Scottish Leaving Certificate Examination, 1956
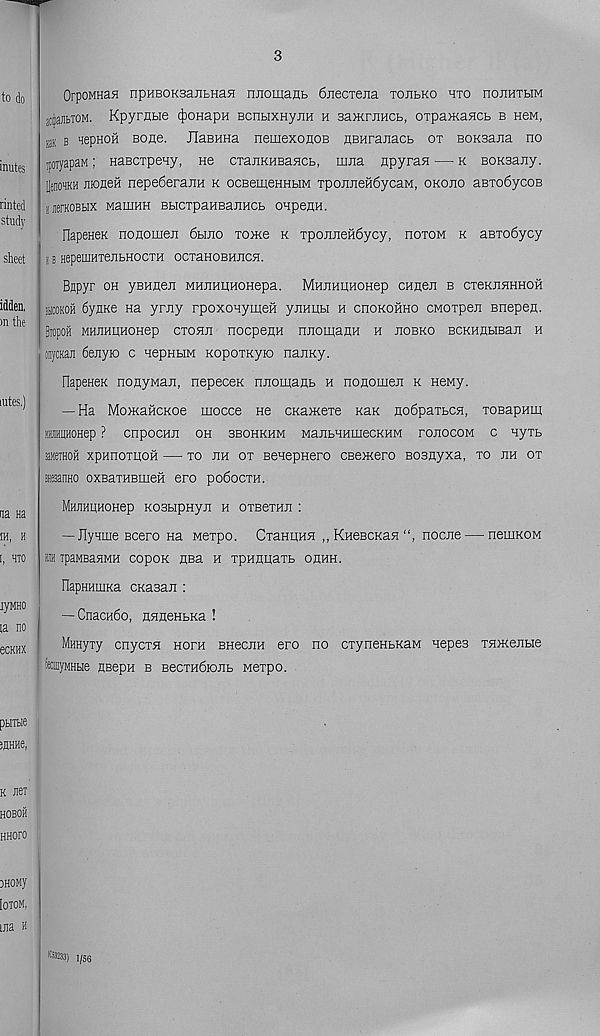
3
to do
inutes
rinted
study
sheet
OrpoMHaa npHBOKsaJibHafl ruiomant 6jiecTejia toubko hto nojiHTHM
atijiaJitTOM. Kpyrflbie (jDOHapn BcntixHynH h sa>KrJiHCb, oipaMaHCt b hgm,
jjk b nepHOH Bone. JIaBHHa nemexoaoB nBHranacb ot BOKsajia no
ipoiyapaM; HaBcxpeny, ne cxaiiKHBaHCb, mna npyran — k BOKsany.
UenoHHH JiioneH nepe6eranH k ocBemeHHHM xpoirjieH6ycaM ) okojio aBxo6ycoB
iiierKOBbix MauiHH BbicxpaHBajmcb onpenn.
IlapeHeK nonomen 6hjio xome k xponneiiSycy, ootom k aBXo6ycy
t b HepemHxejibHocxH ocxaHOBnncH.
idden.
rathe
rates.)
Bttpyr oh yBHnen MHnmiHOHepa. MmiHUHOHep cHneji b cxokjihhhoh
311COKOH 6yaKe na ymy rpoxonymeH yjiHUbi h cnoKOHHo cMoxpeii Bnepen.
Brapoii MHJiHttHOHep cxohji nocpenH nnomanH h hobko BCKHHbiBan h
inycKaJi Sejiyio c nepHbiM KopoxKyio najiny.
napeneK nonyMaji, nepecen nnomaub h nonomen k neMy.
— Ha MomaHCKoe mocce He CKaHtexe Kan no6paxbCH, xosapHta
HHHUHOHep ? CnpOCHJI OH 3BOHKHM MaHbHHLUeCKHM rOJIOCOM C HyXb
aeiHOH xpHnoxHOH — xo hh ox BeHepHero cBexeero Boanyxa, xo jih ox
laesanno oxBaxHEmeft ero po6ocxH.
na Ha
MH^HLlHOHep KOBbipHyJI H OXBeXHJI t
m, h
— Jlynme Bcero Ha Mexpo. CxaHHHH ,, KHescKaH nocne — nemKOM
I, HTO HI TpaMBaHMH COpOK flBa H xpHHHaXb OHHH.
lyMHO
ta no
eCKHX
napHHuiKa CKasaji :
— CnacH6o, flnneHbKa !
Mnnyxy cnycxH hoxh BHecHH ero no cxyneHBKaM nepes xHOKejibie
feauyMHbie nsepH b BecxH6roJib Mexpo.